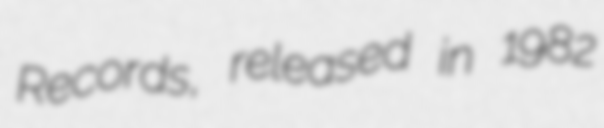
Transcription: Records, released in 1982